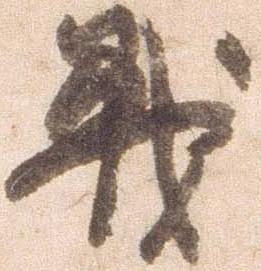
戦